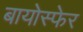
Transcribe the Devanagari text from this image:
बायोस्फेर